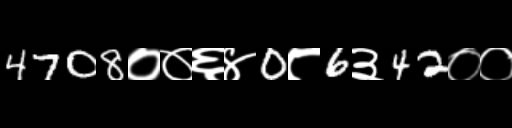
Text: 4708००६४0८6३42००